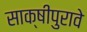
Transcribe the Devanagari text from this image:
साक्षीपुरावे